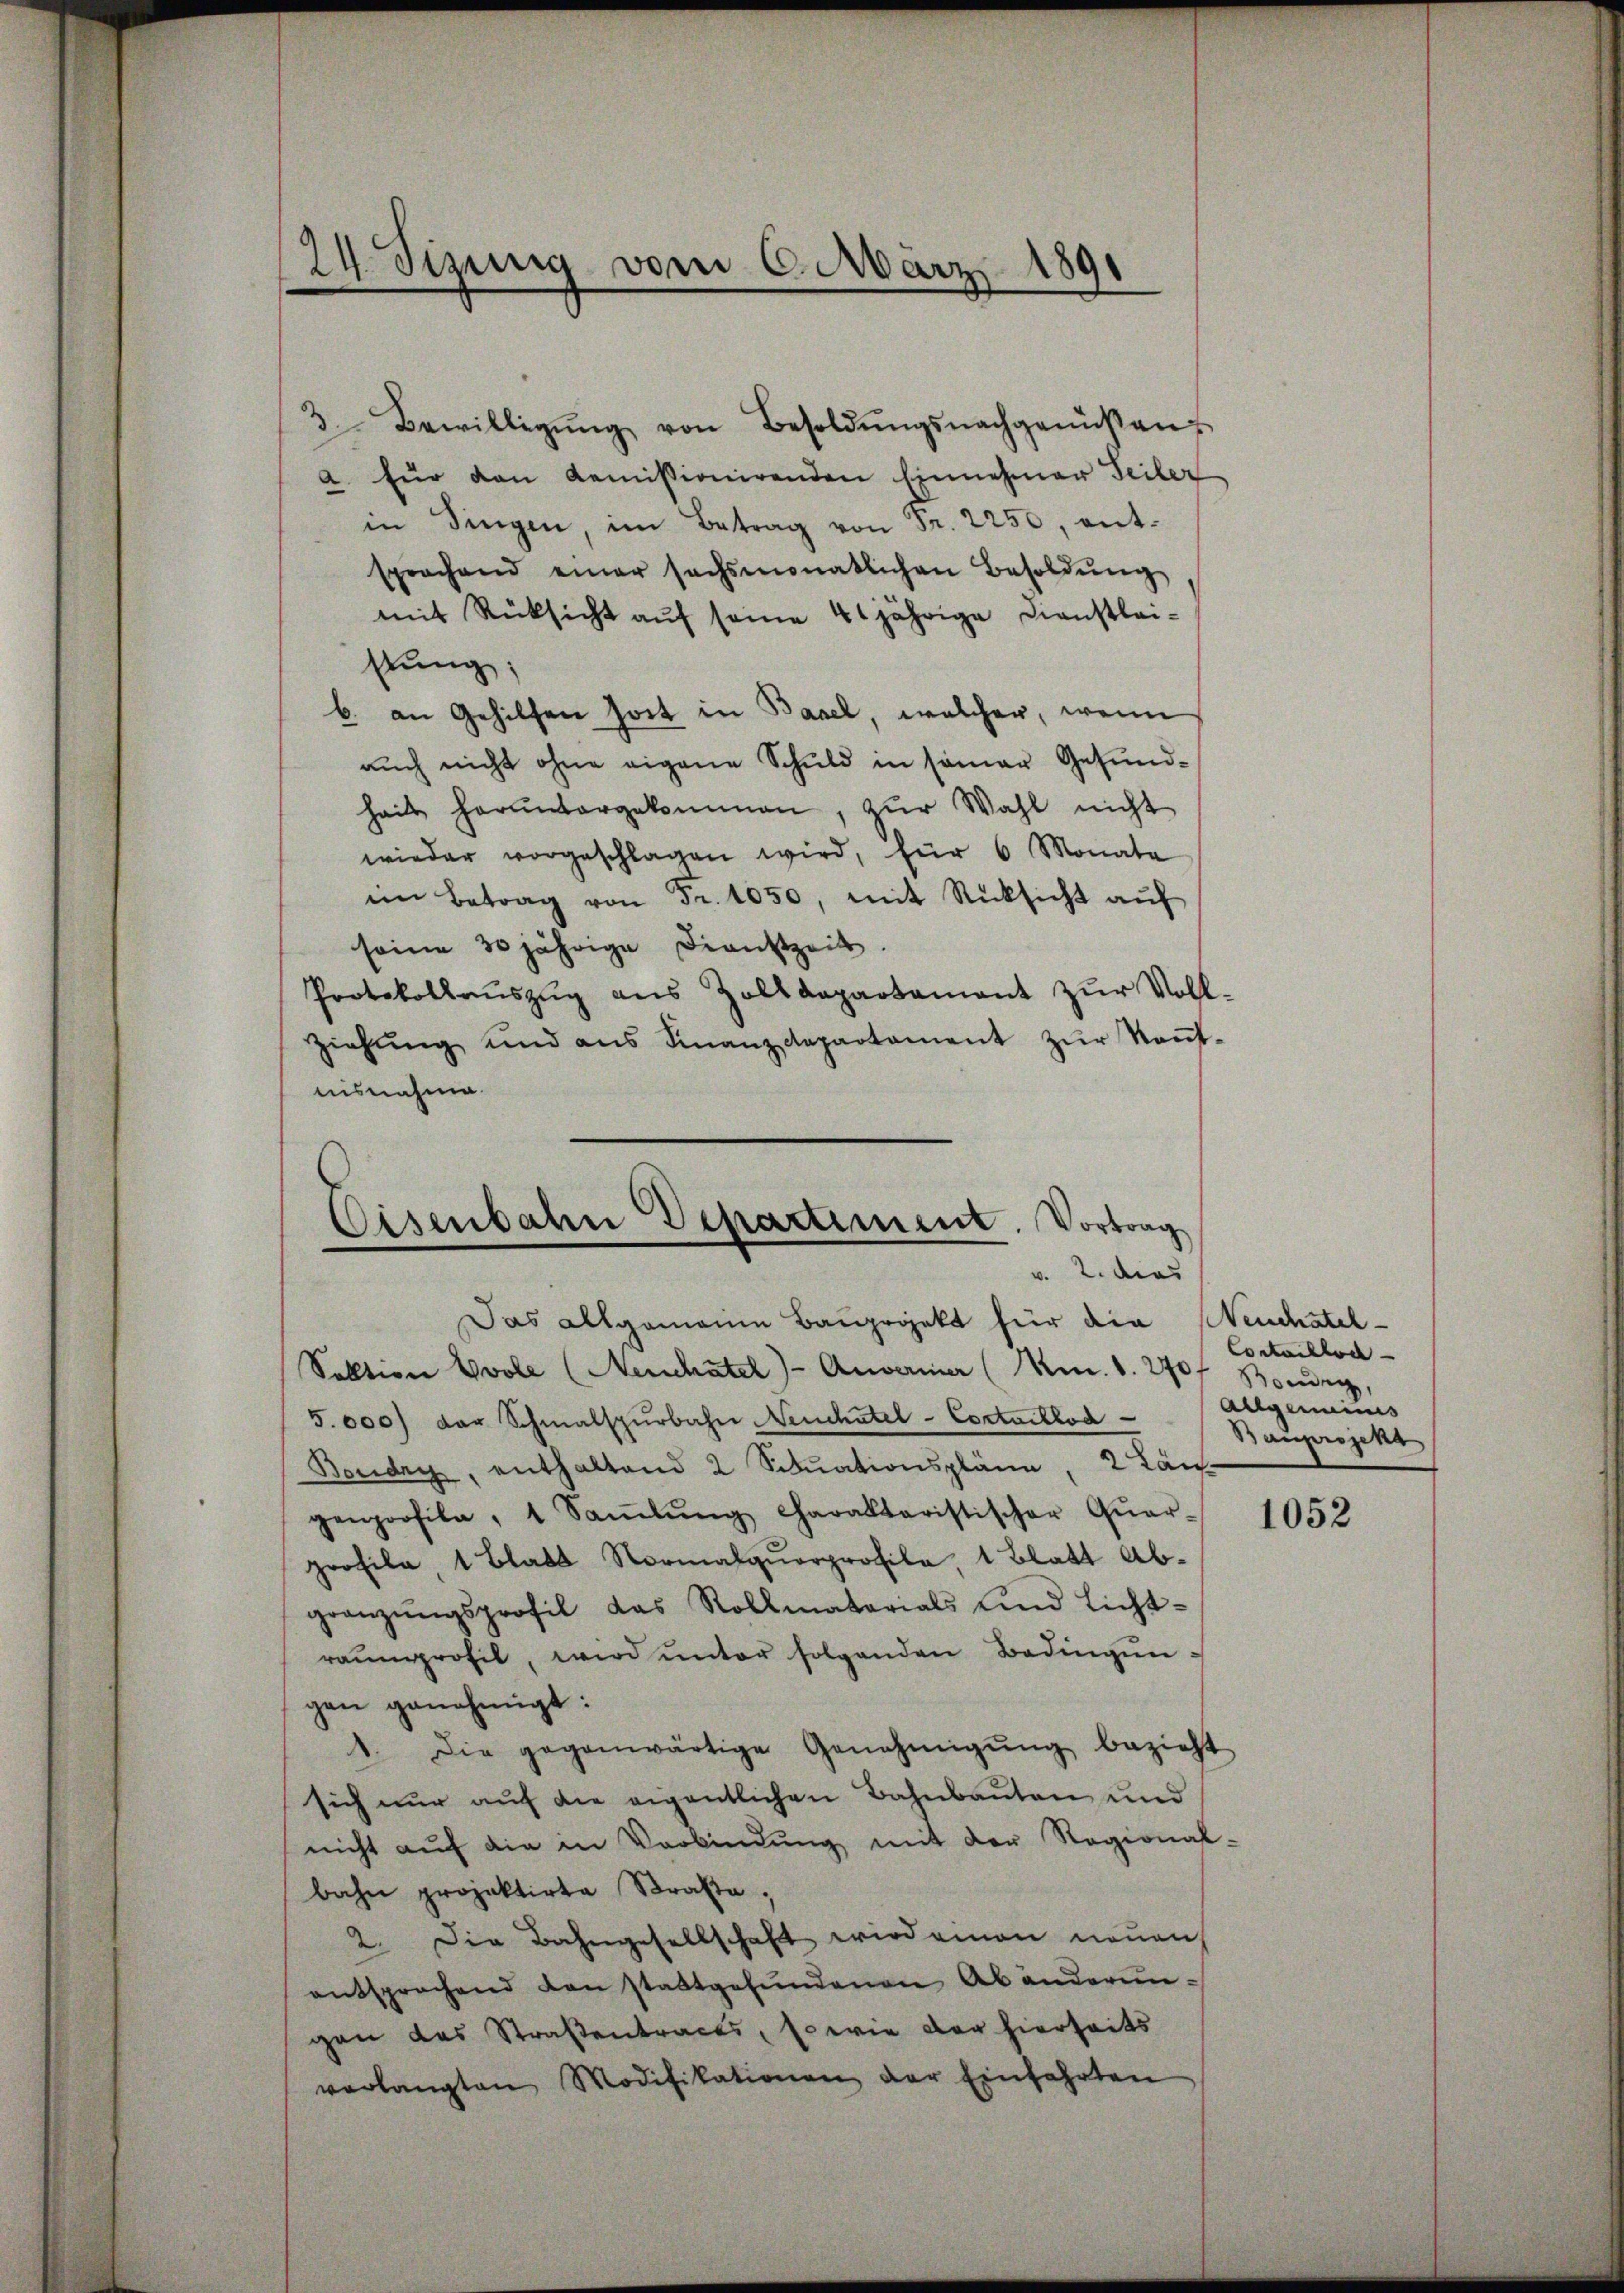
24. Sizung vom 6. März 1891

3 Bewilligŭng von Besoldŭngsnachgenußen
a. für den Komissionirenden Einnehmer Teiler
in Singen, im Betrag von Fr. 2250, ent-
sprochend einer sechsmonatlichen Besoldŭng
mit Rücksicht auf seine 40jährige Dienstleistung;
b. an Gehilfen hort in Basel, welcher, wenn
auch nicht ohne eigene Schuld in seiner Gesundhails heruntergekommen, zŭr Wahl nicht
wieder vorgeschlagen wird, für 6 Monata
im Betrag von Fr. 1050, mit Rücksicht aŭf
seine 30 jährige Dienstzeit.
Protokollaŭszŭg ans Zolldepartamant zŭr Voll-
Ziehŭng und ans Finanzdepartament zŭr Keṅt-
nisnahme.

Sektion vole (Neuchatel)- Anvermier (Km. 1. 270f Boudry,
5.000 der Schmalspurbahn Neuchtel - Cortaillod Allgemeines
Boudry, enthaltend 2 Sitŭationspläne, 2 Läuf
genprofile, 1 Saṁlŭng charakteristischer Qŭar-
profile, 1 Blatt Normalqŭorprofile, 1 Blatt Ab-
gränzŭngsprofil das Rollmatarials und Licht-
raŭmprofil, wird ŭnter folgenden Bedingŭn-
gen genehmigt:
1. Die gegenwärtige Genehmigŭng bezieht
sich nur auf die eigentlichen Bahnbauten und
nicht aŭf die in Verbindŭng mit der Regional-
bahn projektirte Straße,
2. Die Bahngesellschaft wird einen neuen
entsprechend den stattgefŭndenen Abänderŭn-
gen das Straßentracts, so wie der hierseits
verlangten Modifikationen der Einfahrten

Eisenbahn Departement. Vortrag
E
v. 2. dies
Das Allgemeine Bauprojekt für die Neuchatel-

Contailloc
Bauprojekt

1052